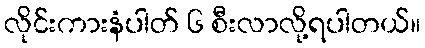
လိုင်းကားနံပါတ် ၆ စီးလာလို့ရပါတယ်။